Annual administration report of the Civil Veterinary Department of India - 1897-1898
Year: 1897
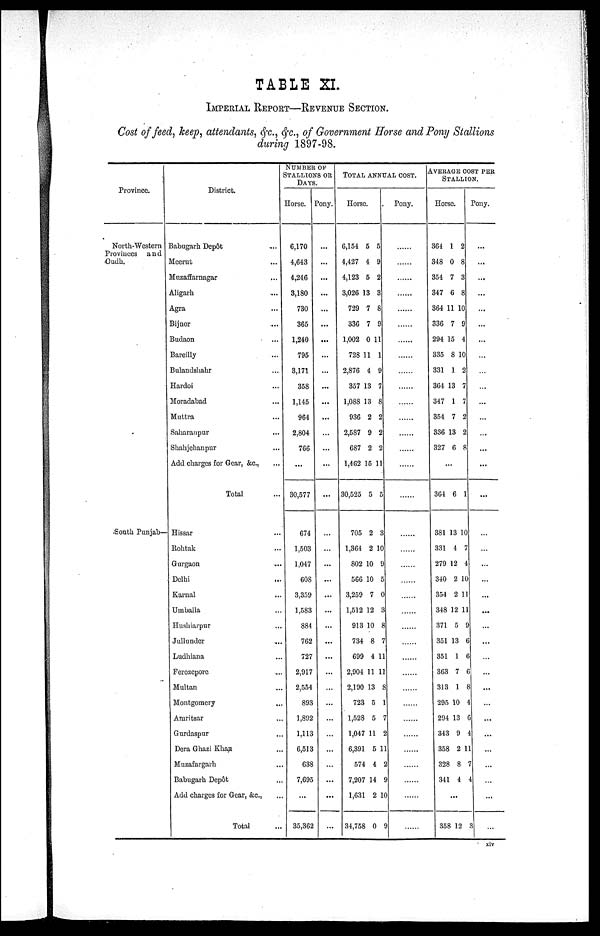
TABLE XI.
IMPERIAL REPORT—REVENUE SECTION.
Cost of feed, keep, attendants, &c., &c., of Government Horse and Pony Stallions
during 1897—98.
Province.
North—Western
Provinces and
Oudh.
South Punjab—
District.
Babugarh Depôt ...
Meerut ...
Muzaffarnagar ...
Aligarh ...
Agra
Bijnor ...
Budaon ...
Bareilly ...
Bulandshahr ...
Hardoi ...
Moradabad ...
Muttra ...
Saharanpur ...
Shahjchanpur ...
Add charges for Gear, &c., ...
Total
Hissar ...
Rohtak ...
Gurgaon ...
Delhi ...
Karnal ...
Umballa ...
Hushiarpur ...
Jullunder ...
Ludhiana ...
Ferozepore ...
Multan ...
Montgomery
Amritsar ...
Gurdaspur ...
Dera Ghazi Khan ...
Muzafargarh ...
Babugarh Depôt ...
Add charges for Gear, &c., ...
Total ...
NUMBER OF
STALLIONS OR
DAYS.
Horse.
6,170
4,643
4,246
3,180
730
365
1,240
795
3,171
358
1,145
964
2,804
766
...
30,577
674
1,503
1,047
608
3,359
1,583
884
762
727
2,917
2,554
893
1,892
1,113
6,513
638
7,695
...
35,362
Pony.
...
...
...
...
...
...
...
...
...
...
...
...
...
...
...
...
...
...
...
...
...
...
...
...
...
...
...
...
...
...
...
...
...
...
...
TOTAL ANNUAL COST.
Horse.
6,154
4,427
4,123
3,026
729
336
1,002
728
2,876
357
1,088
936
2,587
687
1,462
30,525
705
1,364
802
566
3,259
1,512
913
734
699
2,904
2,190
723
1,528
1,047
6,391
574
7,207
1,63
34,758
5
4
5
13
7
7
0
11
4
13
13
2
9
2
15
5
2
2
10
10
7
12
10
8
4
11
13
5
5
11
5
4
14
2
0
5
9
2
3
8
9
11
1
9
7
8
2
2
2
11
5
3
10
9
5
0
3
8
7
11
11
8
1
7
2
11
2
9
10
9
Pony.
......
......
......
......
......
......
......
......
......
......
......
......
......
......
......
......
......
......
......
......
......
......
......
......
......
......
......
......
......
......
......
......
......
......
......
AVERAGE COST PER
STALLION.
Horse.
364
348
354
347
364
336
294
335
331
364
347
354
336
327
...
364
381
331
279
340
354
348
371
351
351
363
313
295
294
343
358
328
341
358
1
0
7
6
11
7
15
8
1
13
1
7
13
6
6
13
4
12
2
2
12
5
13
1
7
1
10
13
9
2
8
4
...
12
2
8
3
8
10
9
4
10
2
7
7
2
2
8
1
10
7
4
10
11
11
9
6
6
6
8
4
6
4
11
7
4
3
Pony.
...
...
...
...
...
...
...
...
...
...
...
...
...
...
...
...
...
...
...
...
...
...
...
...
...
...
...
...
...
...
...
...
...
...
...
xlv